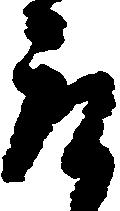
取